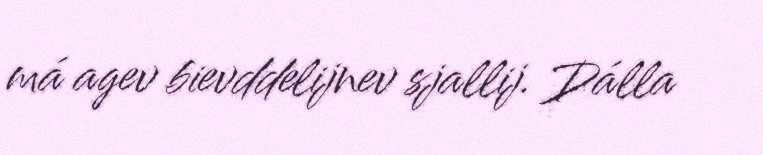
má agev bievddelijnev sjallij. Dálla